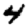
Digit: 4